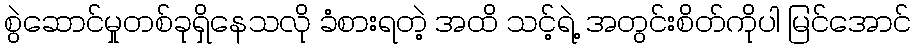
စွဲဆောင်မှုတစ်ခုရှိနေသလို ခံစားရတဲ့ အထိ သင့်ရဲ့ အတွင်းစိတ်ကိုပါ မြင်အောင်